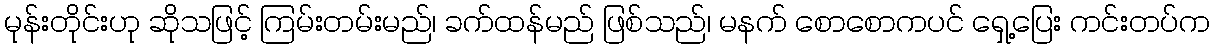
မုန်းတိုင်းဟု ဆိုသဖြင့် ကြမ်းတမ်းမည်၊ ခက်ထန်မည် ဖြစ်သည်၊ မနက် စောစောကပင် ရှေ့ပြေး ကင်းတပ်က